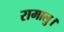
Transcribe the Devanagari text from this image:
रामालु।